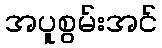
အပူစွမ်းအင်